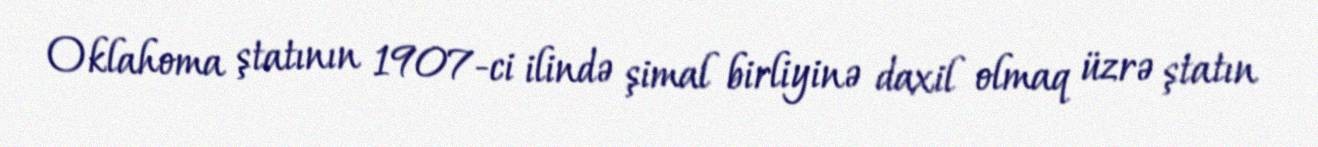
Oklahoma ştatının 1907-ci ilində şimal birliyinə daxil olmaq üzrə ştatın